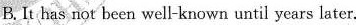
B. It has not been well-known until years later.